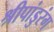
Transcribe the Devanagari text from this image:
श्रीपांडुरंग